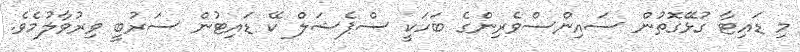
މި ޑައިޓާ ގުޅޭގޮތުން ސައިންސްވެރިންގެ ބަހަކީ ސްޕެޝަލް ކޭ ޑައިޓުން ސަރުބީ ވިރުވާލުމެވެ.